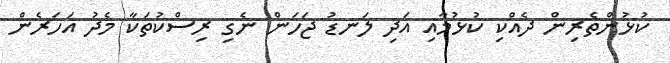
ކުޅުންތެރިން ދެއްކި ކުޅުމާއި އަދި ލަނޑު ޖަހަން ނެގި ރިސްކުތަކާ މެދު އަހަރެން